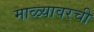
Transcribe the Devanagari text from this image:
माळ्यावरची